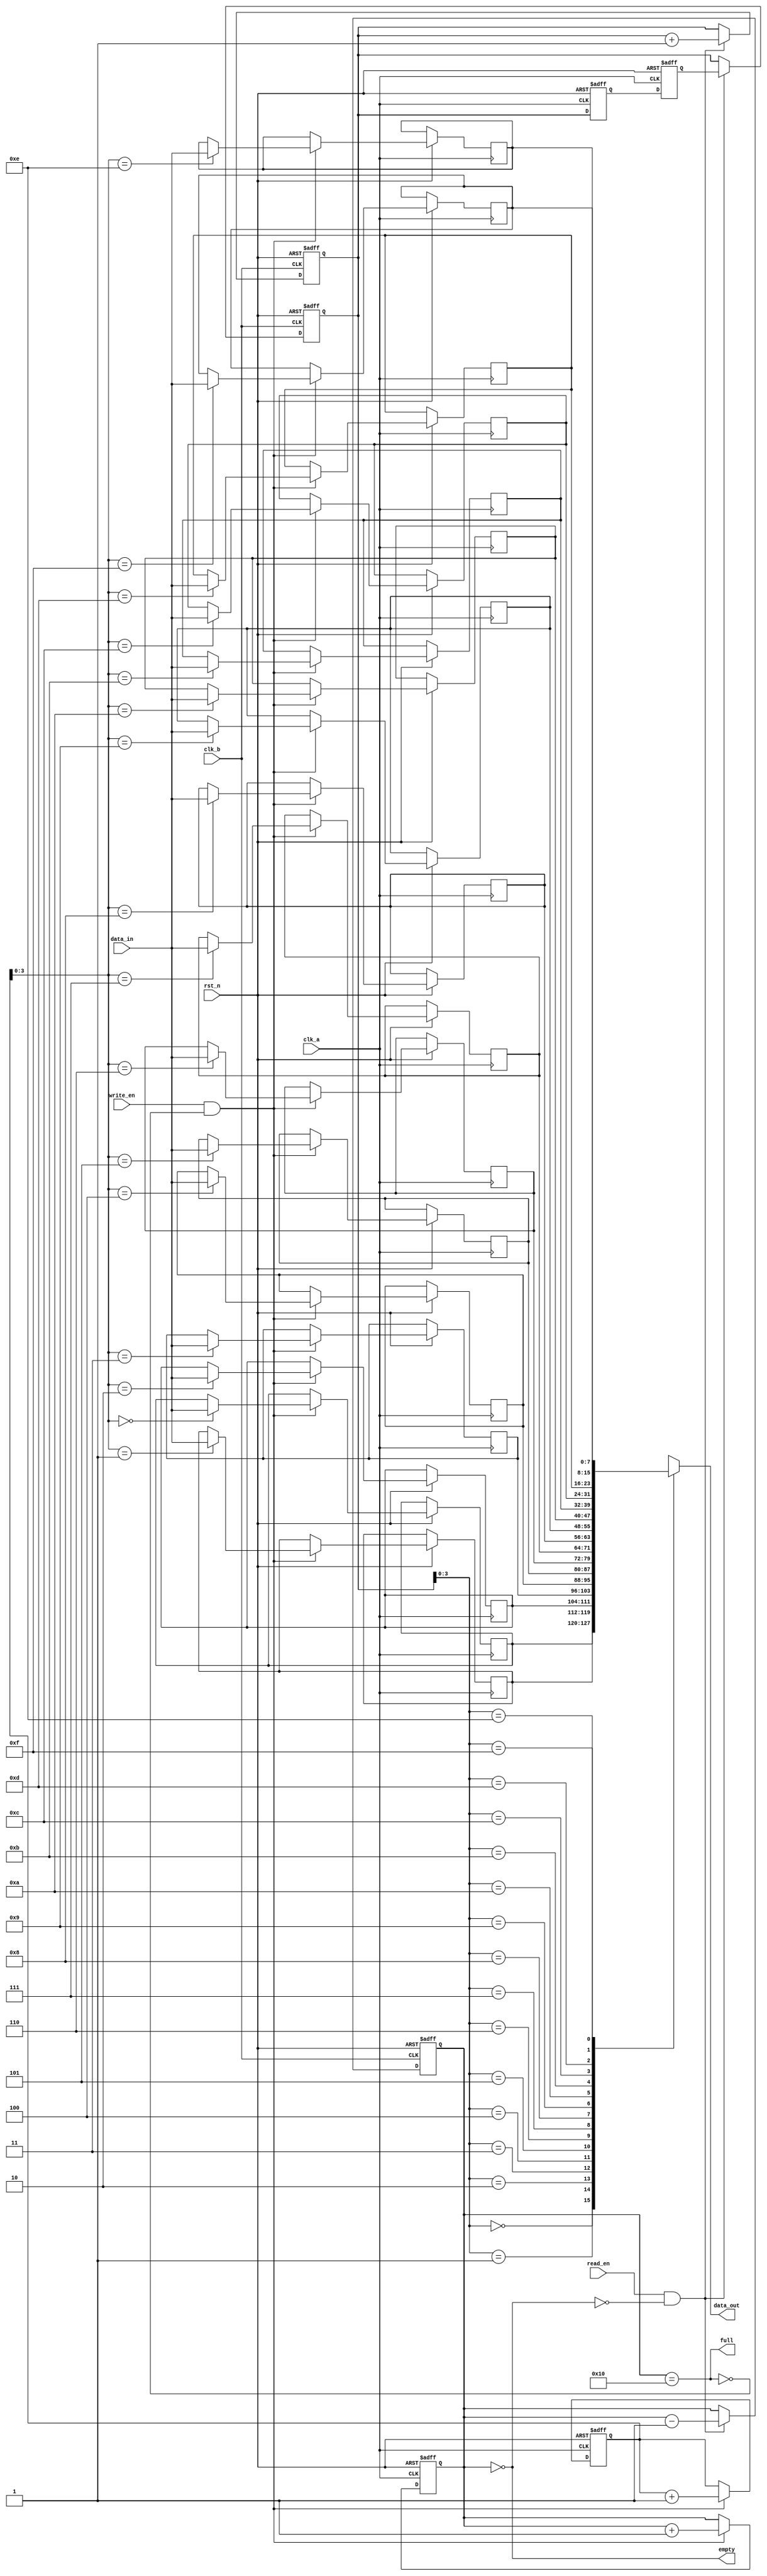
module fifo_synchronizer #(
    parameter DATA_WIDTH = 8,  // Width of the data
    parameter FIFO_DEPTH = 16   // Depth of the FIFO
)(
    input wire clk_a,           // Clock A (write clock)
    input wire clk_b,           // Clock B (read clock)
    input wire rst_n,           // Active low reset
    input wire [DATA_WIDTH-1:0] data_in, // Data input
    input wire write_en,        // Write enable signal
    output wire full,           // FIFO full flag
    output wire empty,          // FIFO empty flag
    output wire [DATA_WIDTH-1:0] data_out, // Data output
    input wire read_en          // Read enable signal
);

    // FIFO memory
    reg [DATA_WIDTH-1:0] fifo_mem [0:FIFO_DEPTH-1];
    reg [4:0] write_ptr;       // Write pointer
    reg [4:0] read_ptr;        // Read pointer
    reg [4:0] count;           // Number of elements in FIFO

    // Write Logic (Clock A)
    always @(posedge clk_a or negedge rst_n) begin
        if (!rst_n) begin
            write_ptr <= 0;
            count <= 0;
        end else if (write_en && !full) begin
            fifo_mem[write_ptr] <= data_in;
            write_ptr <= write_ptr + 1;
            count <= count + 1;
        end
    end

    // Read Logic (Clock B)
    assign data_out = fifo_mem[read_ptr];

    always @(posedge clk_b or negedge rst_n) begin
        if (!rst_n) begin
            read_ptr <= 0;
            count <= 0;
        end else if (read_en && !empty) begin
            read_ptr <= read_ptr + 1;
            count <= count - 1;
        end
    end

    // Full and Empty Flags
    assign full = (count == FIFO_DEPTH);
    assign empty = (count == 0);

    // Synchronization Mechanism
    reg [4:0] sync_read_ptr_1, sync_read_ptr_2;

    always @(posedge clk_a or negedge rst_n) begin
        if (!rst_n) begin
            sync_read_ptr_1 <= 0;
            sync_read_ptr_2 <= 0;
        end else begin
            sync_read_ptr_1 <= read_ptr;
            sync_read_ptr_2 <= sync_read_ptr_1;
        end
    end

    // Update read pointer in Clock B domain
    always @(posedge clk_b or negedge rst_n) begin
        if (!rst_n) begin
            read_ptr <= 0;
        end else if (read_en && !empty) begin
            read_ptr <= sync_read_ptr_2;
        end
    end

endmodule